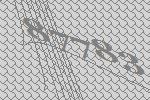
87783